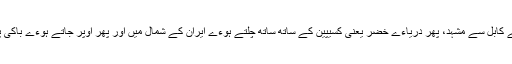
وہ غالبا ملتان سے کابل سے مشہد، پھر دریاءے خضر یعنی کسیپین کے ساتھ ساتھ چلتے ہوءے ایران کے شمال میں اور پھر اوپر جاتے ہوءے باکی پہنچتے ہوں گے۔